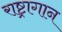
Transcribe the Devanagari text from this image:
राष्ट्रागान